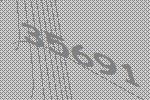
35691